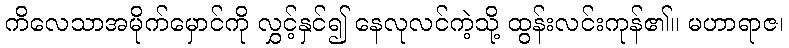
ကိလေသာအမိုက်မှောင်ကို လွှင့်နှင်၍ နေလုလင်ကဲ့သို့ ထွန်းလင်းကုန်၏။ မဟာရာဇ၊